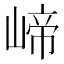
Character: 崹